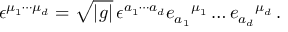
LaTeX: \epsilon ^ { \mu _ { 1 } \cdots \mu _ { d } } = \sqrt { | g | } \, \epsilon ^ { a _ { 1 } \cdots a _ { d } } e _ { a _ { 1 } } { } ^ { \mu _ { 1 } } \ldots e _ { a _ { d } } { } ^ { \mu _ { d } } \, .